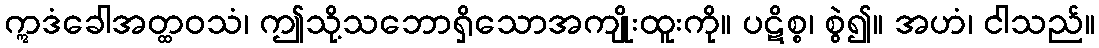
ဣဒံခေါအတ္ထဝသံ၊ ဤသို့သဘောရှိသောအကျိုးထူးကို။ ပဋိစ္စ၊ စွဲ၍။ အဟံ၊ ငါသည်။